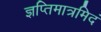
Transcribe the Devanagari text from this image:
ज्ञप्तिमात्रमिदं